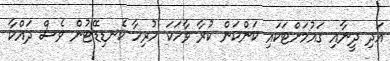
އަދި ދީނާއި ގައުމަށްޓަކައި ކަންކަން ކުރާ ވާހަކަ ހުރިހާ ކެނޑިޑޭޓުން ވެސް ދައްކާ